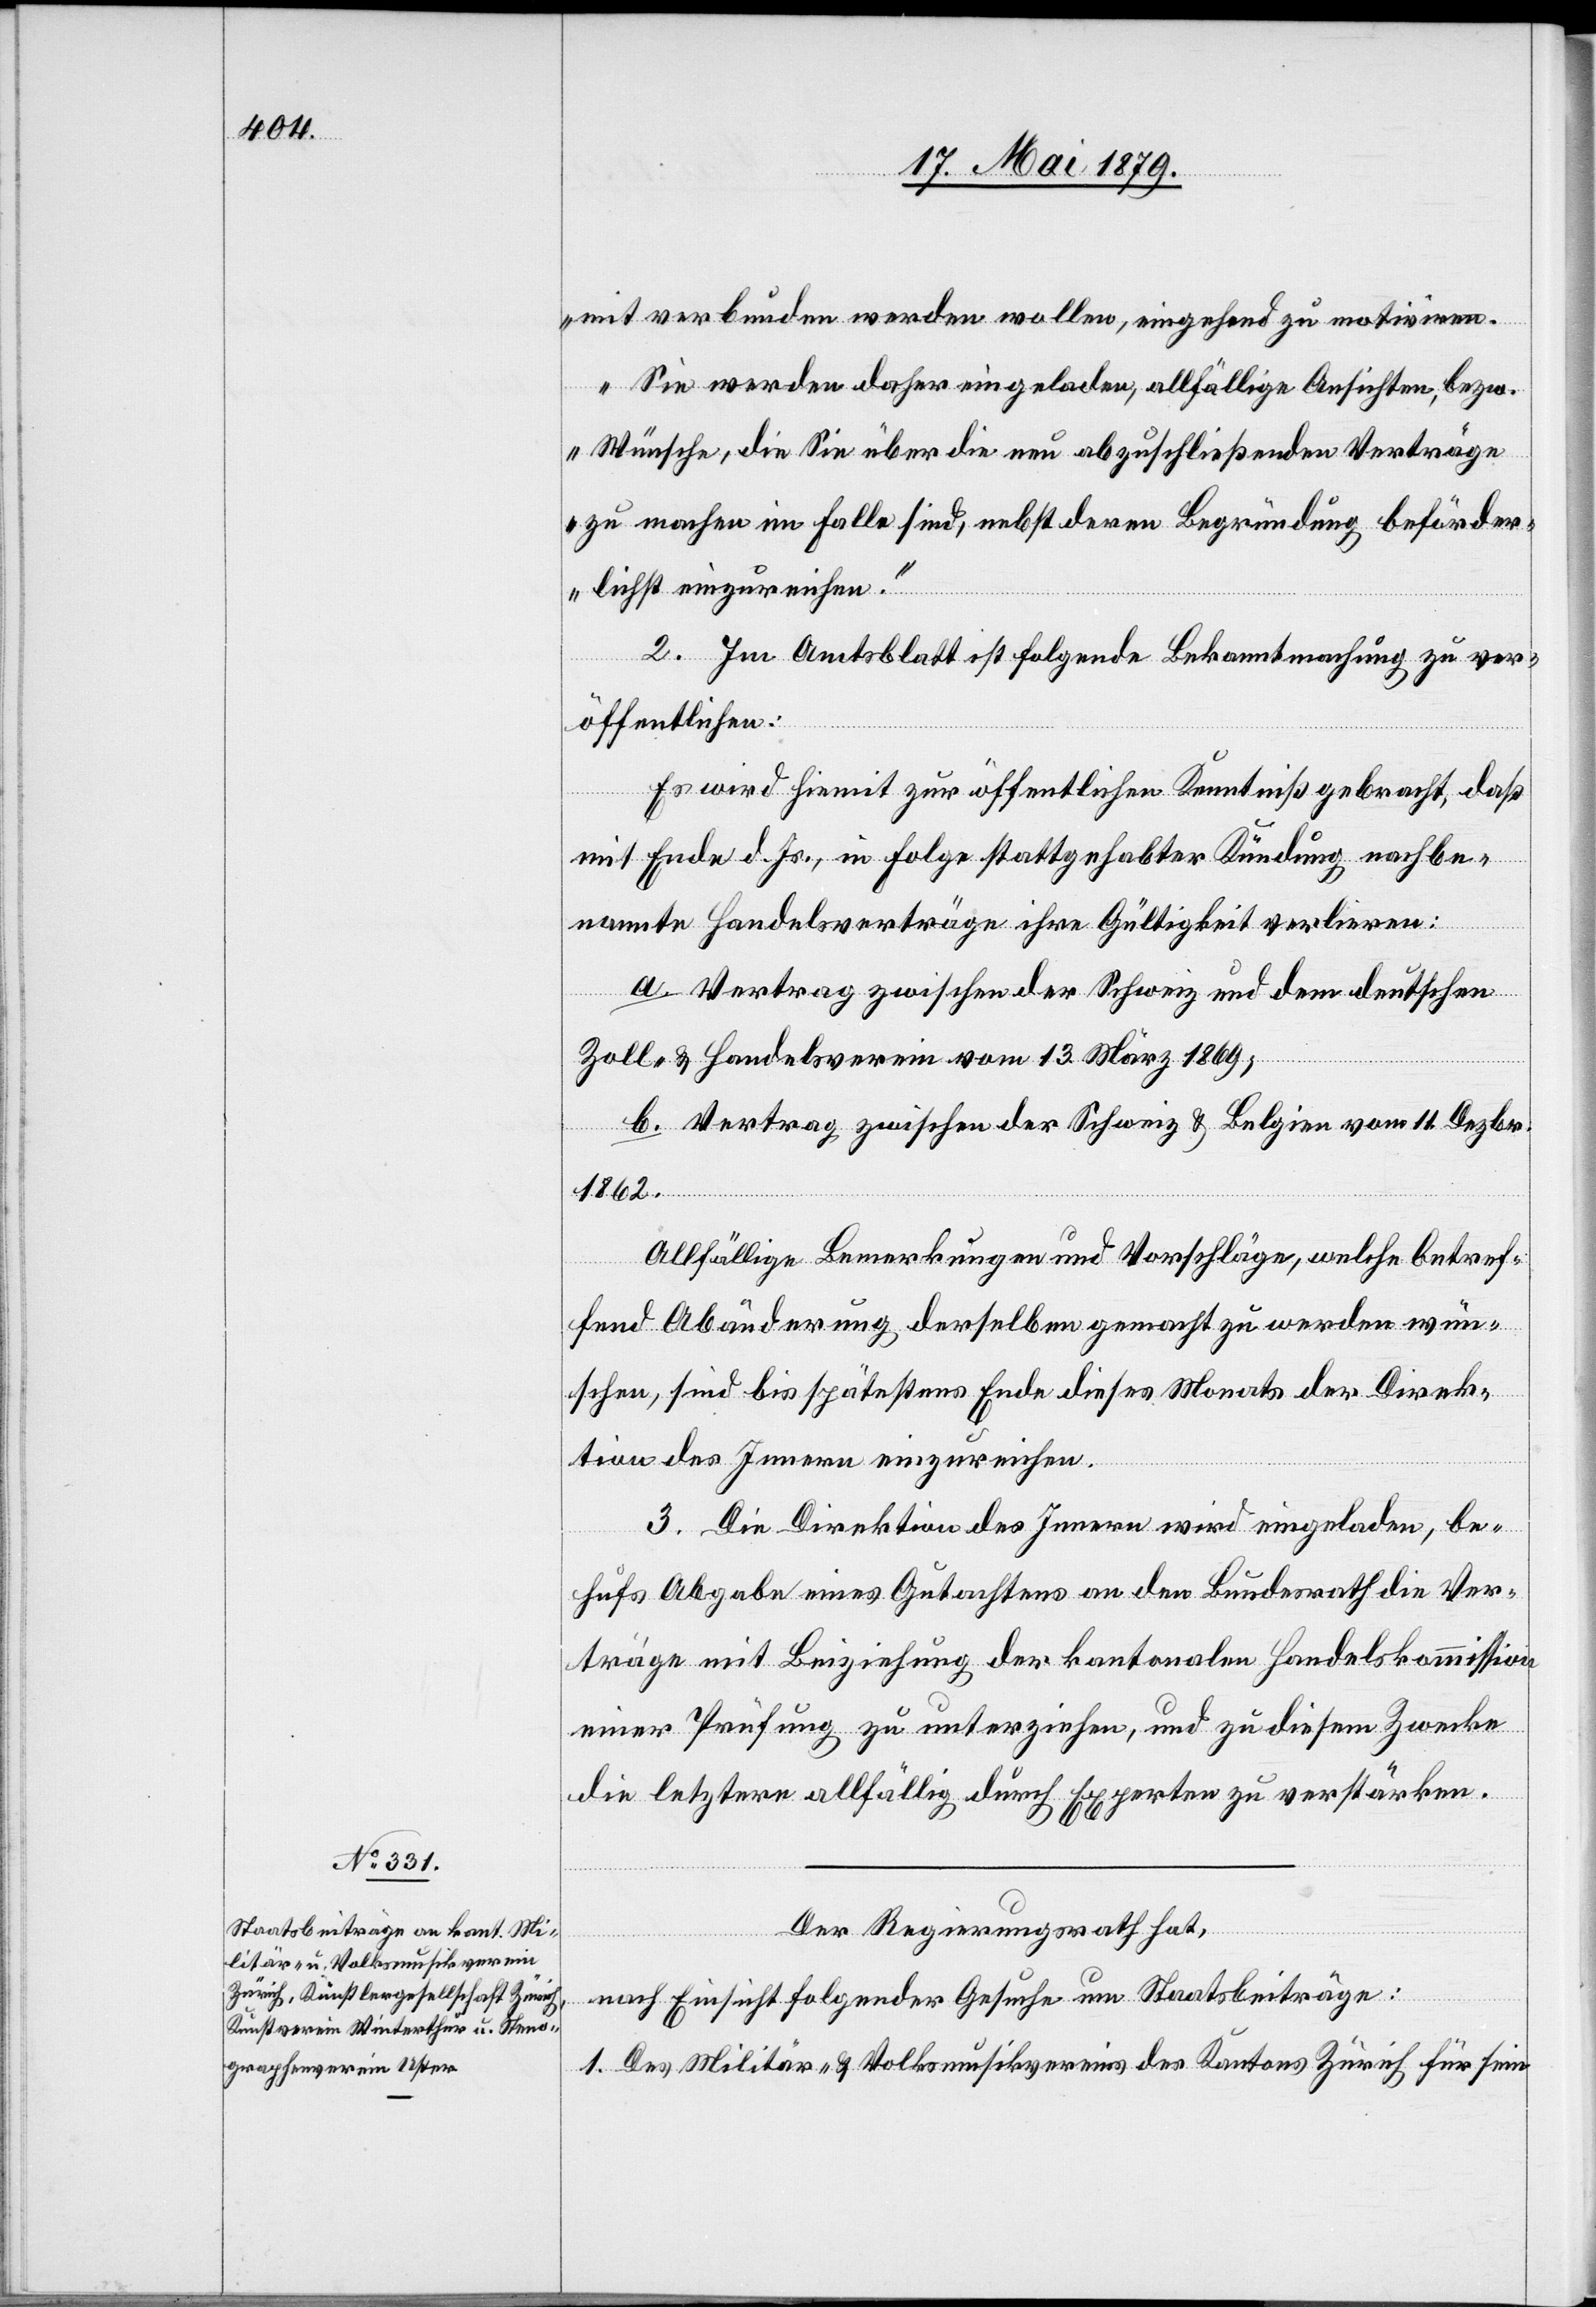
mit verbunden werden wollen, eingehend zu motiviren.
Sie werden daher eingeladen, allfällige Ansichten, bezw.
Wünsche, die Sie über die neu abzuschließenden Verträge
zu machen im Falle sind, nebst deren Begründung beförder¬
lichst einzureichen.“
2. Im Amtsblatt ist folgende Bekanntmachung zu ver¬
öffentlichen:
Es wird hiemit zur öffentlichen Kenntniß gebracht, daß
mit Ende d. Js., in Folge stattgehabter Kündung nachbe¬
nannte Handelsverträge ihre Gültigkeit verlieren:
a. Vertrag zwischen der Schweiz und dem deutschen
Zoll- & Handelsverein vom 13. März 1869;
b. Vertrag zwischen der Schweiz & Belgien vom 11. Dezbr.
1862.
Allfällige Bemerkungen und Vorschläge, welche betref¬
fend Abänderung derselben gemacht zu werden wün¬
schen, sind bis spätestens Ende dieses Monats der Direk¬
tion des Innern einzureichen.
3. Die Direktion des Innern wird eingeladen, be¬
hufs Abgabe eines Gutachtens an den Bundesrath die Ver¬
träge mit Beiziehung der kantonalen Handelskommission
einer Prüfung zu unterziehen, und zu diesem Zwecke
die letztere allfällig durch Experten zu verstärken.
Der Regierungsrath hat,
nach Einsicht folgender Gesuche um Staatsbeiträge:
1. Des Militär- & Volksmusikvereins des Kantons Zürich für sein